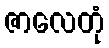
ဇာလေတုံ